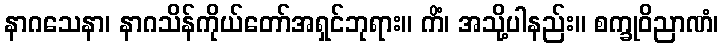
နာဂသေနာ၊ နာဂသိန်ကိုယ်တော်အရှင်ဘုရား။ ကိံ၊ အသို့ပါနည်း။ စက္ခုဝိညာဏံ၊